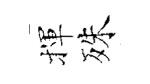
揮殊